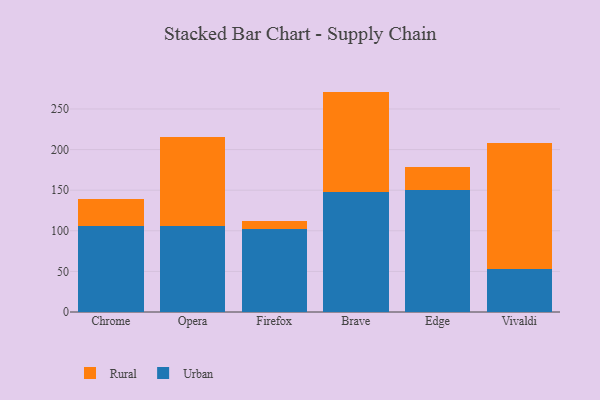
{"axis": {"x": "Browser", "y": "Revenue (USD Million)"}, "legend": ["Rural", "Urban"], "data": [{"x": "Chrome", "y": 106.5, "type": "Urban"}, {"x": "Chrome", "y": 32.1, "type": "Rural"}, {"x": "Opera", "y": 106.5, "type": "Urban"}, {"x": "Opera", "y": 109.6, "type": "Rural"}, {"x": "Firefox", "y": 102.2, "type": "Urban"}, {"x": "Firefox", "y": 10.0, "type": "Rural"}, {"x": "Brave", "y": 148.1, "type": "Urban"}, {"x": "Brave", "y": 123.3, "type": "Rural"}, {"x": "Edge", "y": 150.7, "type": "Urban"}, {"x": "Edge", "y": 27.7, "type": "Rural"}, {"x": "Vivaldi", "y": 53.5, "type": "Urban"}, {"x": "Vivaldi", "y": 154.5, "type": "Rural"}]}